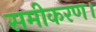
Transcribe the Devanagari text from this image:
समीकरण।